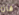
فان